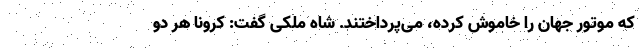
که موتور جهان را خاموش کرده، می‌پرداختند. شاه ملکی گفت: کرونا هر دو